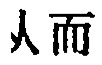
人而